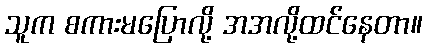
သူက စကားမပြောလို့ အအလို့ထင်နေတာ။